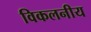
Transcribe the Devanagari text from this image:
विकलनीय